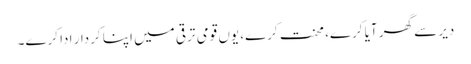
دیر سے گھر آیا کرے، محنت کرے، یوں قومی ترقی میں اپنا کردار ادا کرے۔